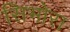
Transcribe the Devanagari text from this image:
सिभोरा